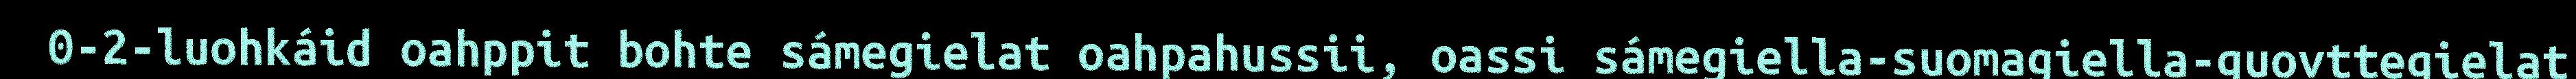
0-2-luohkáid oahppit bohte sámegielat oahpahussii, oassi sámegiella-suomagiella-guovttegielat